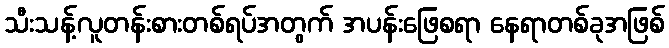
သီးသန့်လူတန်းစားတစ်ရပ်အတွက် အပန်းဖြေစရာ နေရာတစ်ခုအဖြစ်